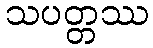
သပတ္တဿ